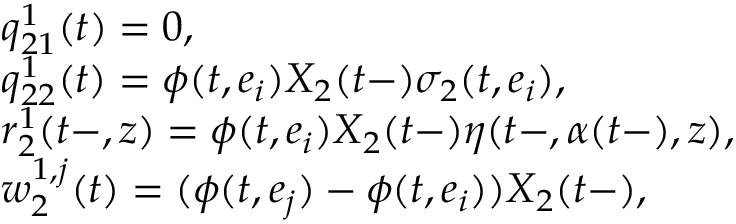
\begin{array} { r l } & { q _ { 2 1 } ^ { 1 } ( t ) = 0 , } \\ & { q _ { 2 2 } ^ { 1 } ( t ) = \phi ( t , e _ { i } ) X _ { 2 } ( t - ) \sigma _ { 2 } ( t , e _ { i } ) , } \\ & { r _ { 2 } ^ { 1 } ( t - , z ) = \phi ( t , e _ { i } ) X _ { 2 } ( t - ) \eta ( t - , \alpha ( t - ) , z ) , } \\ & { w _ { 2 } ^ { 1 , j } ( t ) = ( \phi ( t , e _ { j } ) - \phi ( t , e _ { i } ) ) X _ { 2 } ( t - ) , } \end{array}